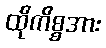
ထိုကိစ္စအား